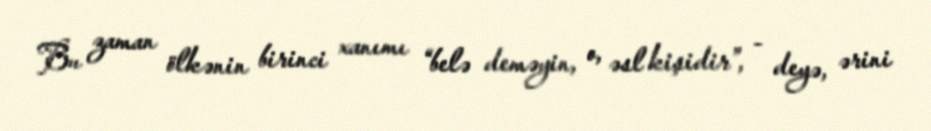
Bu zaman ölkənin birinci xanımı “belə deməyin, o, əsl kişidir”, - deyə, ərini